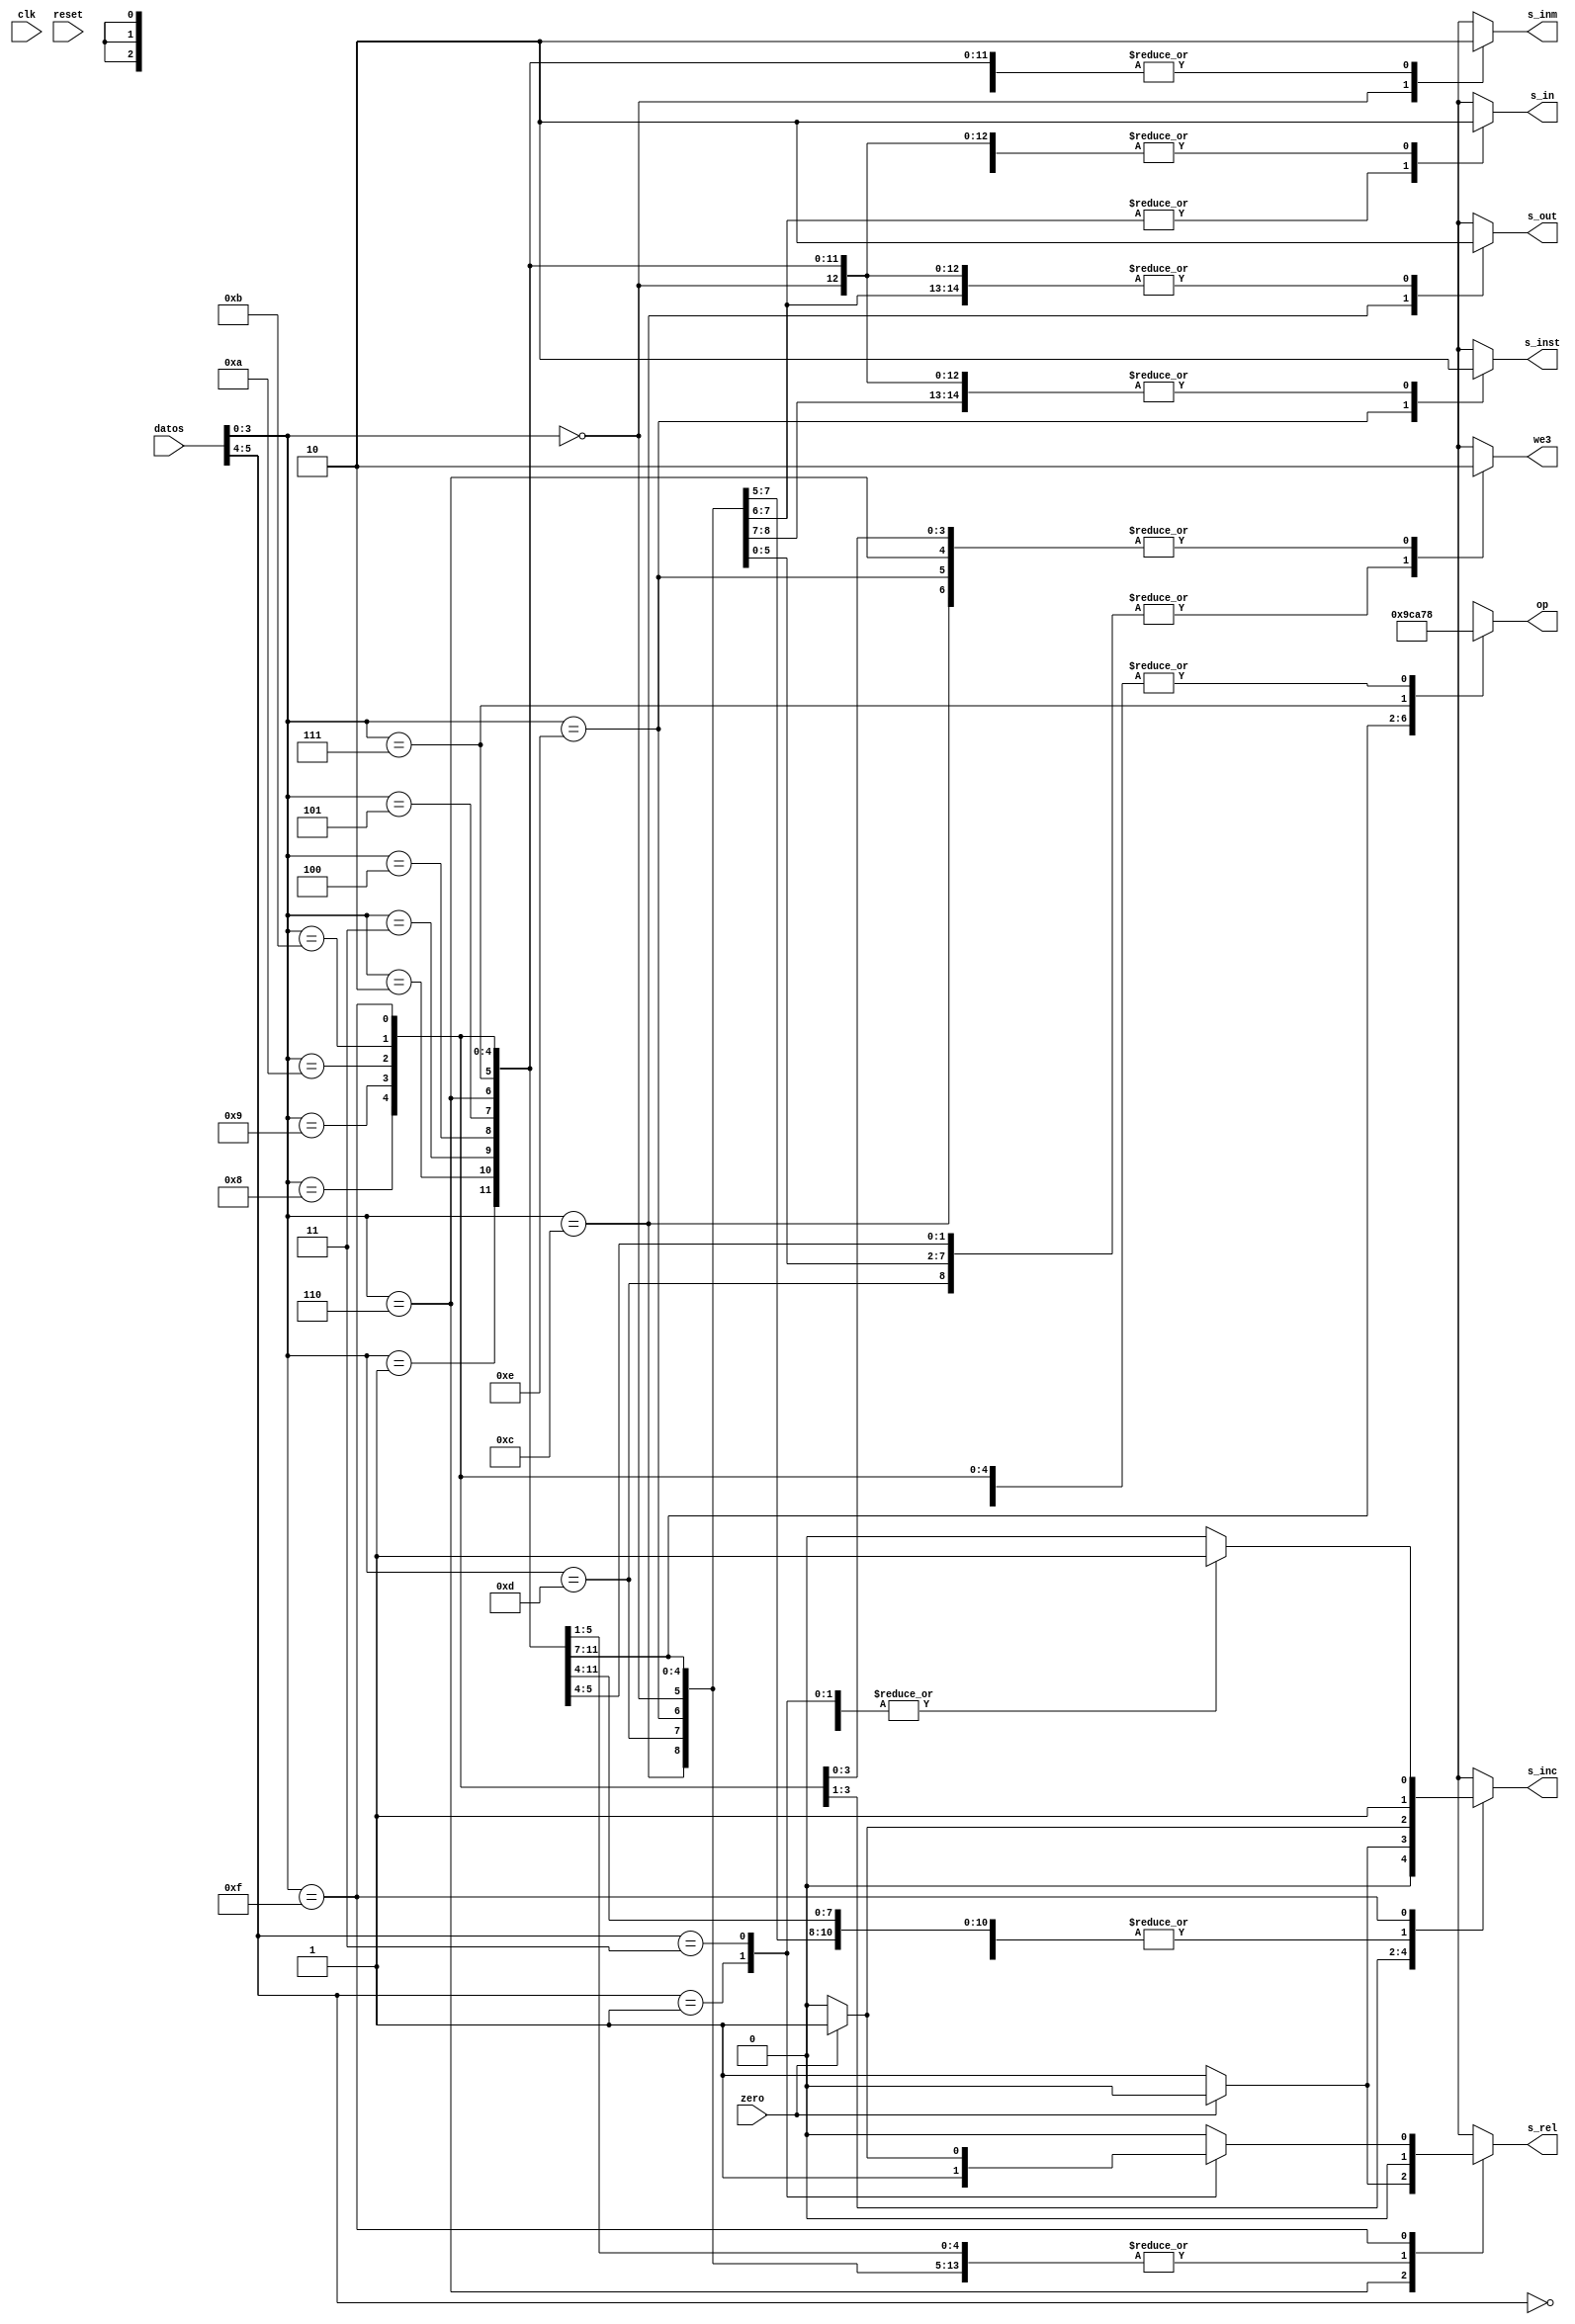
//UNIDAD DE CONTROL


module uc(input wire clk, reset, zero, input wire [5:0] datos, output reg s_inc, s_inm, we3, s_out, s_in, s_inst, s_rel, output reg [2:0] op);

	/*reg ze;

	initial
	begin
		ze <= zero;
	end*/

	always @(*)
	begin
		case (datos[3:0])

			4'b0000:  //LI
			begin
				we3 <= 1'b1;
				s_inm <= 1'b1;
				s_inc <= 1'b1;
				op <= 3'b000;
				s_out <= 1'b0;
				s_in <= 1'b0;
				s_inst <= 1'b0;
				s_rel <= 1'b0;
				//ze <= ze;
			end

			4'b0001:  //ADD
			begin
				we3 <= 1'b1;
				s_inm <= 1'b0;
				s_inc <= 1'b1;
				op <= 3'b010;
				s_out <= 1'b0;
				s_in <= 1'b0;
				s_inst <= 1'b0;
				s_rel <= 1'b0;
				//ze <= zero;
			end

			4'b0010:  //SUB
			begin
				we3 <= 1'b1;
				s_inm <= 1'b0;
				s_inc <= 1'b1;
				op <= 3'b011;
				s_out <= 1'b0;
				s_in <= 1'b0;
				s_inst <= 1'b0;
				s_rel <= 1'b0;
				//ze <= zero;
			end

			4'b0011:  //AND
			begin
				we3 <= 1'b1;
				s_inm <= 1'b0;
				s_inc <= 1'b1;
				op <= 3'b100;
				s_out <= 1'b0;
				s_in <= 1'b0;
				s_inst <= 1'b0;
				s_rel <= 1'b0;
				//ze <= zero;
			end

			4'b0100:  //OR
			begin
				we3 <= 1'b1;
				s_inm <= 1'b0;
				s_inc <= 1'b1;
				op <= 3'b101;
				s_out <= 1'b0;
				s_in <= 1'b0;
				s_inst <= 1'b0;
				s_rel <= 1'b0;
				//ze <= zero;
			end

			4'b0101:  //NOT A
			begin
				we3 <= 1'b1;
				s_inm <= 1'b0;
				s_inc <= 1'b1;
				op <= 3'b001;
				s_out <= 1'b0;
				s_in <= 1'b0;
				s_inst <= 1'b0;
				s_rel <= 1'b0;
				//ze <= zero;
			end

			4'b0110:  //SALTO RELATIVO CONDICIONAL NO Z
			begin
				we3 <= 1'b0;
				s_inm <= 1'b0;
				s_inc <= 1'b0;
				op <= 3'b000;
				s_out <= 1'b0;
				s_in <= 1'b0;
				s_inst <= 1'b0;
				s_rel <= 1'b0;
				//ze <= ze;
						if (!zero)
						begin
							we3 <= 1'b0;
							s_inm <= 1'b0;
							s_inc <= 1'b1;
							op <= 3'b000;
							s_out <= 1'b0;
							s_in <= 1'b0;
							s_inst <= 1'b0;
							s_rel <= 1'b1;
							//ze <= ze;
						end

						else
						begin
							we3 <= 1'b0;
							s_inm <= 1'b0;
							s_inc <= 1'b1;
							op <= 3'b000;
							s_out <= 1'b0;
							s_in <= 1'b0;
							s_inst <= 1'b0;
							s_rel <= 1'b0;
							//ze <= ze;
						end
			end


			4'b0111:  //DESPL
			begin
				we3 <= 1'b1;
				s_inm <= 1'b0;
				s_inc <= 1'b1;
				op <= 3'b111;
				s_out <= 1'b0;
				s_in <= 1'b0;
				s_inst <= 1'b0;
				s_rel <= 1'b0;
				//ze <= zero;
			end

			4'b1000:  //EQUAL
			begin
				we3 <= 1'b1;
				s_inm <= 1'b0;
				s_inc <= 1'b1;
				op <= 3'b000;
				s_out <= 1'b0;
				s_in <= 1'b0;
				s_inst <= 1'b0;
				s_rel <= 1'b0;
				//ze <= zero;
			end


			4'b1001:  //JMP
			begin
				we3 <= 1'b0;
				s_inm <= 1'b0;
				s_inc <= 1'b0;
				op <= 3'b000;
				s_out <= 1'b0;
				s_in <= 1'b0;
				s_inst <= 1'b0;
				s_rel <= 1'b0;
				//ze <= ze;
			end

			4'b1010:  //BIZ
			begin
				we3 <= 1'b0;
				s_inm <= 1'b0;
				s_inc <= 1'b0;
				op <= 3'b000;
				s_out <= 1'b0;
				s_in <= 1'b0;
				s_inst <= 1'b0;
				s_rel <= 1'b0;
				//ze <= ze;
				if (zero)
				begin
					we3 <= 1'b0;
					s_inm <= 1'b0;
					s_inc <= 1'b0;
					op <= 3'b000;
					s_out <= 1'b0;
					s_in <= 1'b0;
					s_inst <= 1'b0;
					s_rel <= 1'b0;
					//ze <= ze;
				end

				else
				begin
					we3 <= 1'b0;
					s_inm <= 1'b0;
					s_inc <= 1'b1;
					op <= 3'b000;
					s_out <= 1'b0;
					s_in <= 1'b0;
					s_inst <= 1'b0;
					s_rel <= 1'b0;
					//ze <= ze;
				end
			end

			4'b1011:  //BINZ
			begin
				we3 <= 1'b0;
				s_inm <= 1'b0;
				s_inc <= 1'b0;
				op <= 3'b000;
				s_out <= 1'b0;
				s_in <= 1'b0;
				s_inst <= 1'b0;
				s_rel <= 1'b0;
				//ze <= ze;
				if (!zero)
				begin
					we3 <= 1'b0;
					s_inm <= 1'b0;
					s_inc <= 1'b0;
					op <= 3'b000;
					s_out <= 1'b0;
					s_in <= 1'b0;
					s_inst <= 1'b0;
					s_rel <= 1'b0;
					//ze <= ze;
				end

				else
				begin
					we3 <= 1'b0;
					s_inm <= 1'b0;
					s_inc <= 1'b1;
					op <= 3'b000;
					s_out <= 1'b0;
					s_in <= 1'b0;
					s_inst <= 1'b0;
					s_rel <= 1'b0;
					//ze <= ze;
				end
			end

			4'b1100:  //READ REGISTER
			begin
				we3 <= 1'b0;
				s_inm <= 1'b0;
				s_inc <= 1'b1;
				op <= 3'b000;
				s_out <= 1'b1;
				s_in <= 1'b0;
				s_inst <= 1'b0;
				s_rel <= 1'b0;
				//ze <= ze;
			end

			4'b1101:  //WRITE REGISTER
			begin
				we3 <= 1'b1;
				s_inm <= 1'b0;
				s_inc <= 1'b1;
				op <= 3'b000;
				s_out <= 1'b0;
				s_in <= 1'b1;
				s_inst <= 1'b0;
				s_rel <= 1'b0;
				//ze <= ze;
			end

			4'b1110:  //READ INSTRUCTION
			begin
				we3 <= 1'b0;
				s_inm <= 1'b0;
				s_inc <= 1'b1;
				op <= 3'b000;
				s_out <= 1'b0;
				s_in <= 1'b1;
				s_inst <= 1'b1;
				s_rel <= 1'b0;
				//ze <= ze;
			end

			4'b1111:
			begin
				we3 <= 1'b0;
				s_inm <= 1'b0;
				s_inc <= 1'b0;
				op <= 3'b000;
				s_out <= 1'b0;
				s_in <= 1'b0;
				s_inst <= 1'b0;
				s_rel <= 1'b0;
				//ze <= ze;
				case (datos[5:4])
					2'b00: 		//NOP
					begin
						we3 <= 1'b0;
						s_inm <= 1'b0;
						s_inc <= 1'b1;
						op <= 3'b000;
						s_out <= 1'b0;
						s_in <= 1'b0;
						s_inst <= 1'b0;
						s_rel <= 1'b0;
						//ze <= ze;
					end


					2'b01:		//SALTO RELATIVO
					begin
						we3 <= 1'b0;
						s_inm <= 1'b0;
						s_inc <= 1'b1;
						op <= 3'b000;
						s_out <= 1'b0;
						s_in <= 1'b0;
						s_inst <= 1'b0;
						s_rel <= 1'b1;
						//ze <= ze;
					end
					2'b11:		//SALTO RELATIVO CONDICIONAL Z
					begin
						we3 <= 1'b0;
						s_inm <= 1'b0;
						s_inc <= 1'b0;
						op <= 3'b000;
						s_out <= 1'b0;
						s_in <= 1'b0;
						s_inst <= 1'b0;
						s_rel <= 1'b0;
						//ze <= ze;
						if (zero)
						begin
							we3 <= 1'b0;
							s_inm <= 1'b0;
							s_inc <= 1'b1;
							op <= 3'b000;
							s_out <= 1'b0;
							s_in <= 1'b0;
							s_inst <= 1'b0;
							s_rel <= 1'b1;
							//ze <= ze;
						end

						else
						begin
							we3 <= 1'b0;
							s_inm <= 1'b0;
							s_inc <= 1'b1;
							op <= 3'b000;
							s_out <= 1'b0;
							s_in <= 1'b0;
							s_inst <= 1'b0;
							s_rel <= 1'b0;
							//ze <= ze;
						end
					end
				endcase
			end

			default:  //DEFAULT
			begin
				we3 <= 1'b0;
				s_inm <= 1'b0;
				s_inc <= 1'b1;
				op <= 3'b000;
				s_out <= 1'b0;
				s_in <= 1'b0;
				s_inst <= 1'b0;
				s_rel <= 1'b0;
				//ze <= ze;
			end

		endcase
	end

endmodule